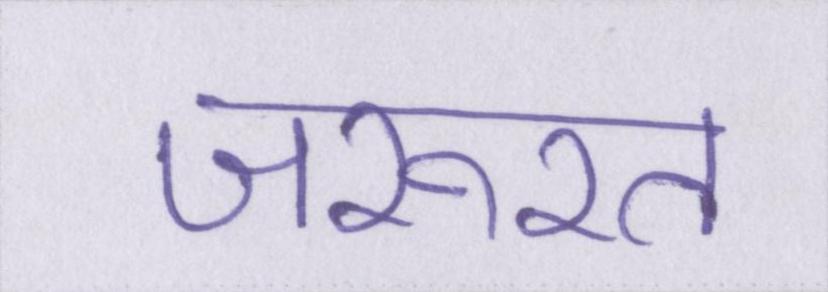
जरूरत